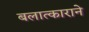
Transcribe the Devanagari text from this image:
बलात्काराने